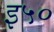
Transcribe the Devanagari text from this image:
इ५०